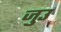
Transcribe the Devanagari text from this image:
जुउ